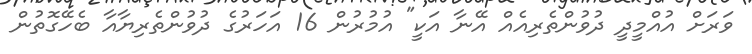
ވަރަށް އުއްމީދީ ދުވުންތެރިއެއް އޭނާ އަކީ" އުމުރުން 16 އަހަރުގެ ދުވުންތެރިޔާއާ ބެހޭގޮތުން